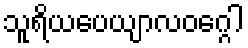
သူရိယပေယျာလဝဂ္ဂေါ